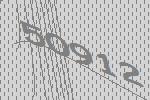
50912